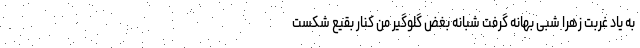
به یاد غربت زهرا شبی بهانه گرفت شبانه بغض گلوگیر من کنار بقیع شکست